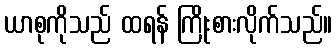
ယာစုကိုသည် ထရန် ကြိုးစားလိုက်သည်။